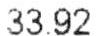
33.92